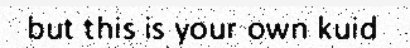
but this is your own kuid